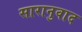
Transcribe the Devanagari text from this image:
सारानुवाद